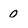
Character: 0